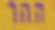
ההר